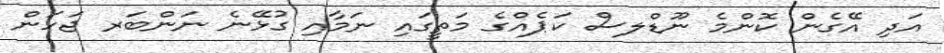
އަދި އޭގެން ކޮންމެ ނޫޑްލސް ކަޕެއްގެ މަތީގައި ނަމާއި ގުޅޭނެ ނަންބަރ ޖަހަން